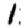
Digit: 1